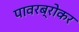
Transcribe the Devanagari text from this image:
पावरब्रोकर